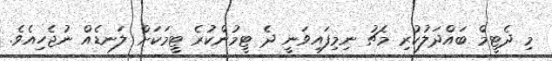
މި ދެޓީމް ބައްދަލުކުރި މެޗު ނިމިފައިވަނީ ދެ ޓީމުންކުރެ ޓީމަކަށް ލަނޑެއް ނުޖެހިއެވެ.